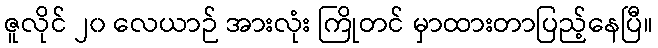
ဇူလိုင် ၂၀ လေယာဉ် အားလုံး ကြိုတင် မှာထားတာပြည့်နေပြီ။